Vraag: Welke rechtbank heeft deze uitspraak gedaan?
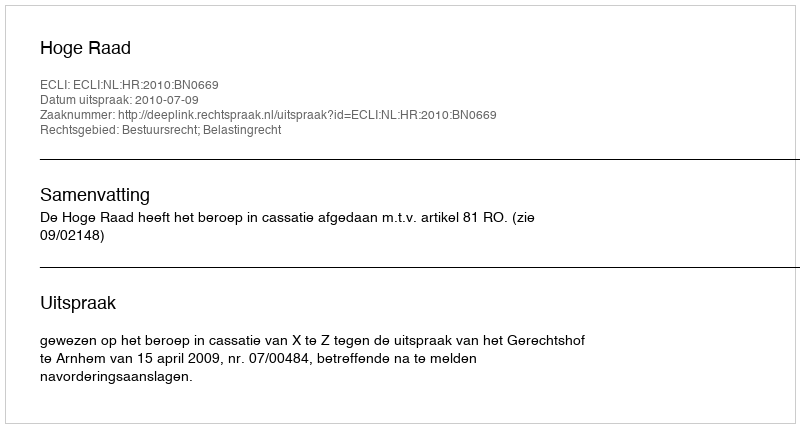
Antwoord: Hoge Raad